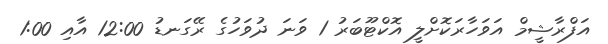
އަފްރާޝީމް އަވަހާރަކޮށްލީ އޮކްޓޫބަރު 1 ވަނަ ދުވަހުގެ ރޭގަނޑު 12:00 އާއި 1:00